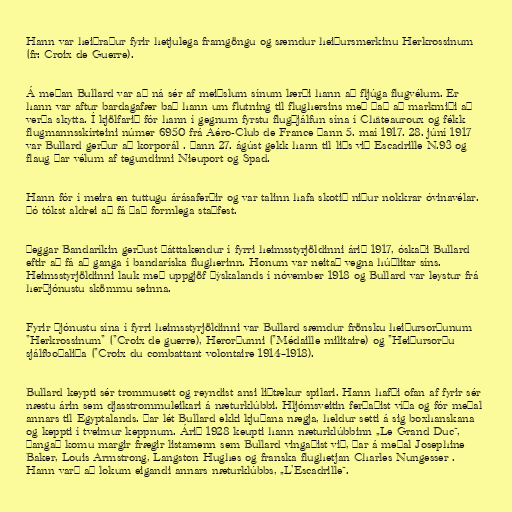
Hann var heiðraður fyrir hetjulega framgöngu og sæmdur heiðursmerkinu Herkrossinum
(fr: Croix de Guerre).

Á meðan Bullard var að ná sér af meiðslum sínum lærði hann að fljúga flugvélum. Er
hann var aftur bardagafær bað hann um flutning til flughersins með það að markmiði að
verða skytta. Í kjölfarið fór hann í gegnum fyrstu flugþjálfun sína í Châteauroux og fékk
flugmannsskírteini númer 6950 frá Aéro-Club de France þann 5. maí 1917. 28. júní 1917
var Bullard gerður að korporál . Þann 27. ágúst gekk hann til liðs við Escadrille N.93 og
flaug þar vélum af tegundinni Nieuport og Spad.

Hann fór í meira en tuttugu árásaferðir og var talinn hafa skotið niður nokkrar óvinavélar.
Þó tókst aldrei að fá það formlega staðfest.

Þeggar Bandaríkin gerðust þátttakendur í fyrri heimsstyrjöldinni árið 1917, óskaði Bullard
eftir að fá að ganga í bandaríska flugherinn. Honum var neitað vegna húðlitar síns.
Heimsstyrjöldinni lauk með uppgjöf Þýskalands í nóvember 1918 og Bullard var leystur frá
herþjónustu skömmu seinna.

Fyrir þjónustu sína í fyrri heimsstyrjöldinni var Bullard sæmdur frönsku heiðursorðunum
"Herkrossinum" ("Croix de guerre), Herorðunni ("Médaille militaire) og "Heiðursorðu
sjálfboðaliða ("Croix du combattant volontaire 1914–1918).

Bullard keypti sér trommusett og reyndist ansi liðtækur spilari. Hann hafði ofan af fyrir sér
næstu árin sem djasstrommuleikari á næturklúbbi. Hljómsveitin ferðaðist víða og fór meðal
annars til Egyptalands. Þar lét Bullard ekki kjuðana nægja, heldur setti á sig boxhanskana
og keppti í tveimur keppnum. Árið 1928 keupti hann næturklúbbinn „Le Grand Duc“,
þangað komu margir frægir listamenn sem Bullard vingaðist við, þar á meðal Josephine
Baker, Louis Armstrong, Langston Hughes og franska flughetjan Charles Nungesser .
Hann varð að lokum eigandi annars næturklúbbs, „L'Escadrille“.